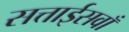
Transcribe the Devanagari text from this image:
सत्ताईसवाँ